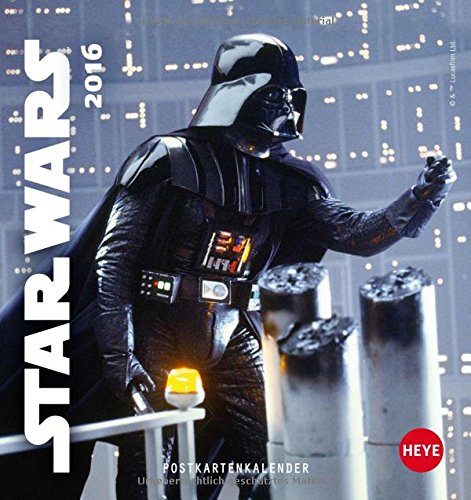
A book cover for Star Wars 2016. Postkartenkalender; Calendars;